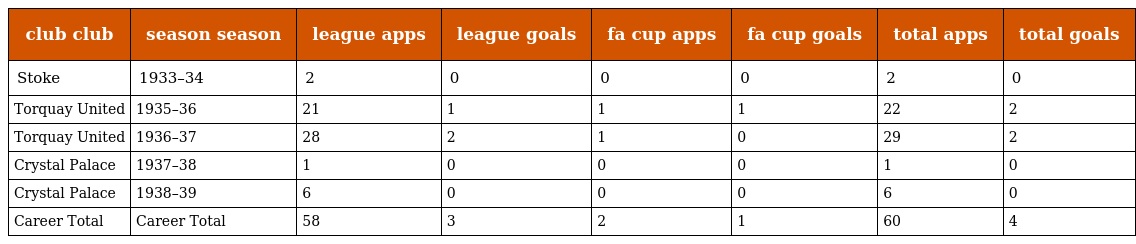
| club club | season season | league apps | league goals | fa cup apps | fa cup goals | total apps | total goals |
 | --- | --- | --- | --- | --- | --- | --- | --- |
 | Stoke | 1933–34 | 2 | 0 | 0 | 0 | 2 | 0 |
 | Torquay United | 1935–36 | 21 | 1 | 1 | 1 | 22 | 2 |
 | Torquay United | 1936–37 | 28 | 2 | 1 | 0 | 29 | 2 |
 | Crystal Palace | 1937–38 | 1 | 0 | 0 | 0 | 1 | 0 |
 | Crystal Palace | 1938–39 | 6 | 0 | 0 | 0 | 6 | 0 |
 | Career Total | Career Total | 58 | 3 | 2 | 1 | 60 | 4 |